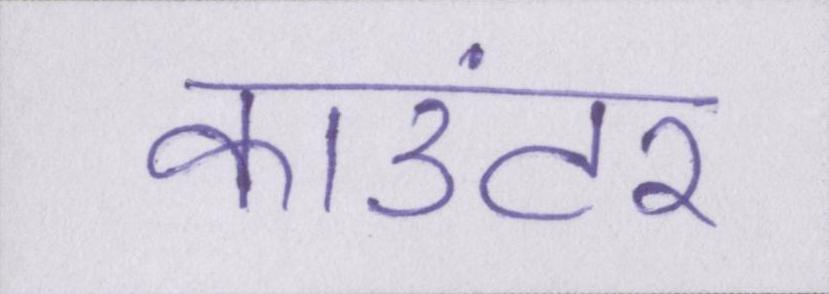
काउंटर